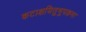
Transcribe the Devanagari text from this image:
कटाक्षयितुभुपक्रमः